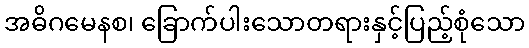
အဓိဂမေနစ၊ ခြောက်ပါးသောတရားနှင့်ပြည့်စုံသော